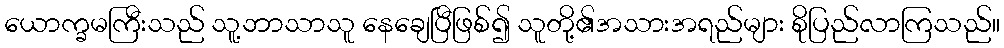
ယောက္ခမကြီးသည် သူ့ဘာသာသူ နေချေပြီဖြစ်၍ သူတို့၏အသားအရည်များ စိုပြည်လာကြသည်။